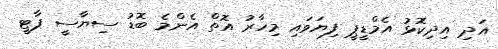
އަދި އިދިކޮޅު އެމްޑީޕީ ފިޔަވައި މިހާރު އޮތް އެންމެ ބޮޑު ސިޔާސީ ޕާޓީ